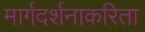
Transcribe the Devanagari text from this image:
मार्गदर्शनाकरिता